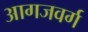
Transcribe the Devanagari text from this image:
आगजवर्ग